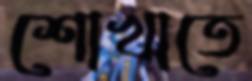
শোখাতে